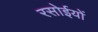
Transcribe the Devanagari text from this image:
रसोईयों